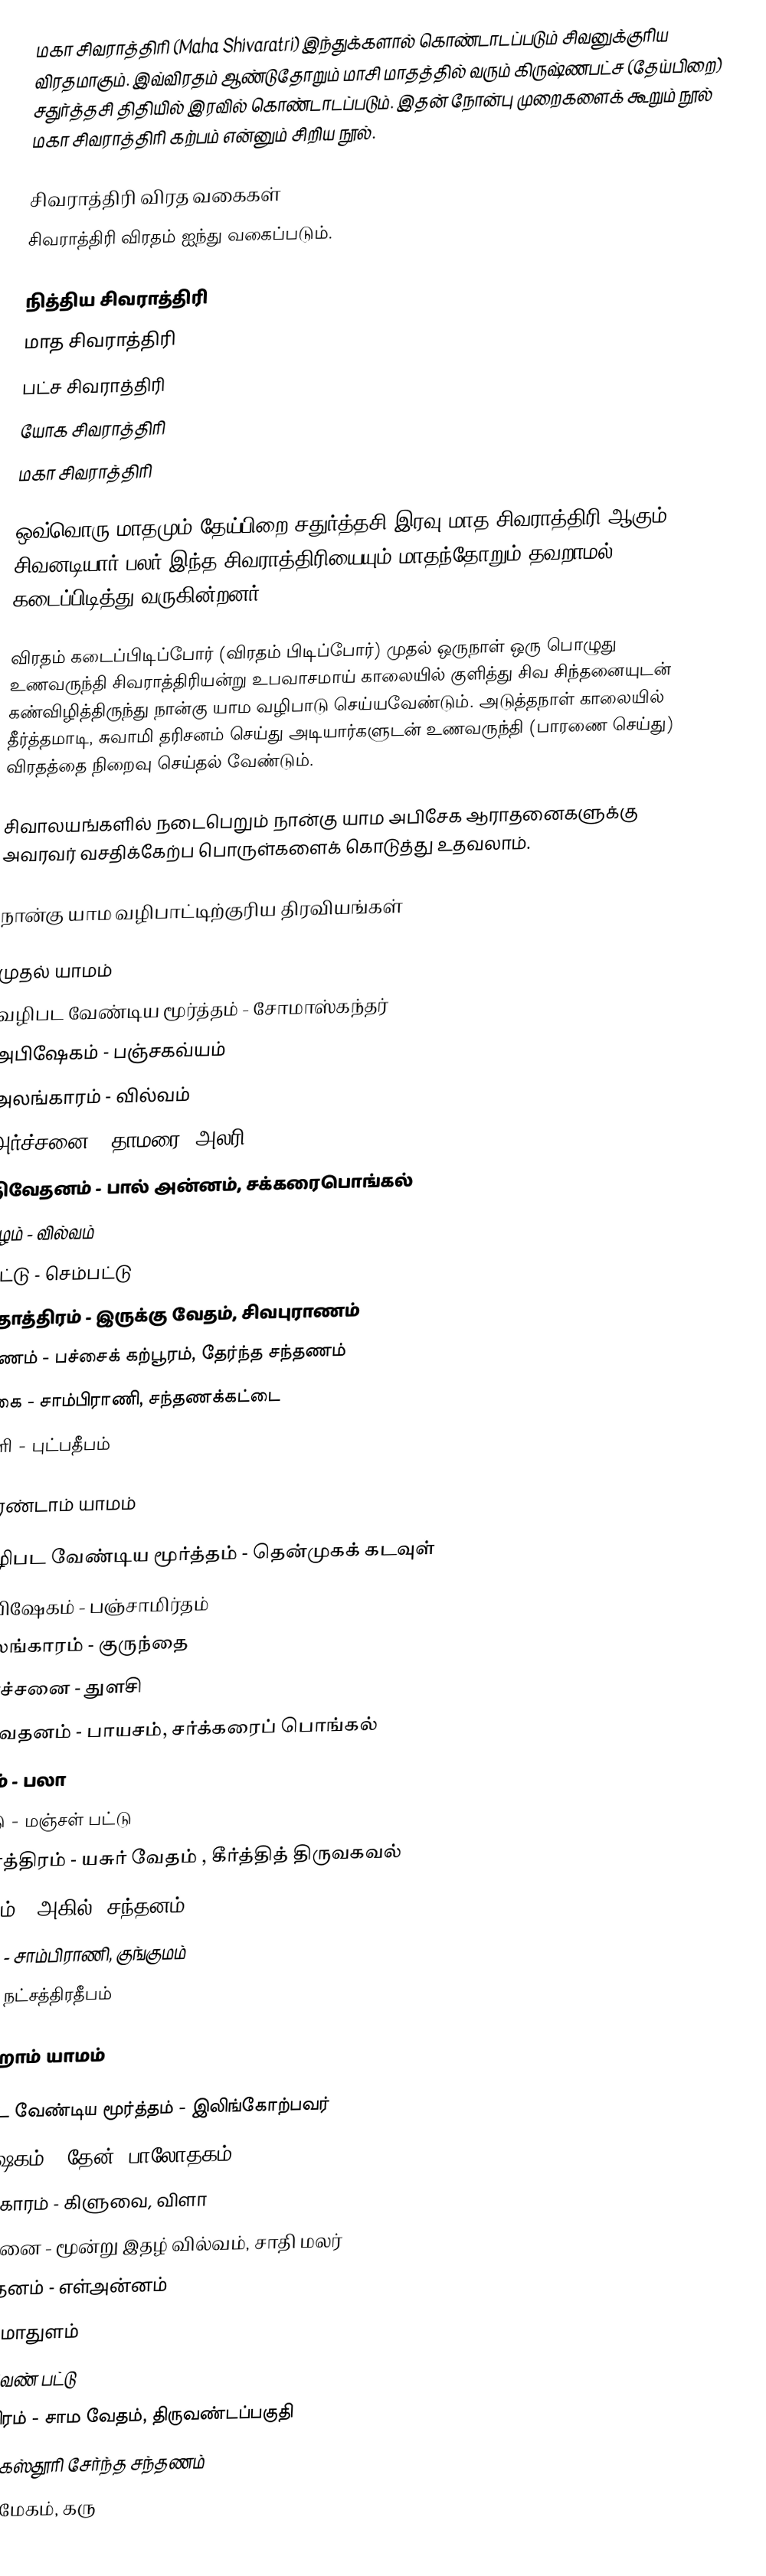
மகா சிவராத்திரி (Maha Shivaratri) இந்துக்களால் கொண்டாடப்படும் சிவனுக்குரிய விரதமாகும். இவ்விரதம் ஆண்டுதோறும் மாசி மாதத்தில் வரும் கிருஷ்ணபட்ச (தேய்பிறை) சதுர்த்தசி திதியில் இரவில் கொண்டாடப்படும். இதன் நோன்பு முறைகளைக் கூறும் நூல் மகா சிவராத்திரி கற்பம் என்னும் சிறிய நூல்.

சிவராத்திரி விரத வகைகள்
சிவராத்திரி விரதம் ஐந்து வகைப்படும்.

 நித்திய சிவராத்திரி
 மாத சிவராத்திரி
 பட்ச சிவராத்திரி
 யோக சிவராத்திரி
 மகா சிவராத்திரி

ஒவ்வொரு மாதமும் தேய்பிறை சதுர்த்தசி இரவு மாத சிவராத்திரி ஆகும். சிவனடியார் பலர் இந்த சிவராத்திரியையும் மாதந்தோறும் தவறாமல் கடைப்பிடித்து வருகின்றனர்.

விரதம் கடைப்பிடிப்போர் (விரதம் பிடிப்போர்) முதல் ஒருநாள் ஒரு பொழுது உணவருந்தி சிவராத்திரியன்று உபவாசமாய் காலையில் குளித்து சிவ சிந்தனையுடன் கண்விழித்திருந்து நான்கு யாம வழிபாடு செய்யவேண்டும். அடுத்தநாள் காலையில் தீர்த்தமாடி, சுவாமி தரிசனம் செய்து அடியார்களுடன் உணவருந்தி (பாரணை செய்து) விரதத்தை நிறைவு செய்தல் வேண்டும்.

சிவாலயங்களில் நடைபெறும் நான்கு யாம அபிசேக ஆராதனைகளுக்கு அவரவர் வசதிக்கேற்ப பொருள்களைக் கொடுத்து உதவலாம்.

நான்கு யாம வழிபாட்டிற்குரிய திரவியங்கள்

முதல் யாமம்
 வழிபட வேண்டிய மூர்த்தம் - சோமாஸ்கந்தர்
 அபிஷேகம் - பஞ்சகவ்யம்
 அலங்காரம் - வில்வம்
 அர்ச்சனை - தாமரை, அலரி
 நிவேதனம் - பால் அன்னம், சக்கரைபொங்கல்
 பழம் - வில்வம்
 பட்டு - செம்பட்டு
 தோத்திரம் - இருக்கு வேதம், சிவபுராணம்
 மணம் - பச்சைக் கற்பூரம், தேர்ந்த சந்தணம்
 புகை - சாம்பிராணி, சந்தணக்கட்டை
 ஒளி - புட்பதீபம்

இரண்டாம் யாமம்

 வழிபட வேண்டிய மூர்த்தம் - தென்முகக் கடவுள்
 அபிஷேகம் - பஞ்சாமிர்தம்
 அலங்காரம் - குருந்தை
 அர்ச்சனை - துளசி
 நிவேதனம் - பாயசம், சர்க்கரைப் பொங்கல்
 பழம் - பலா
 பட்டு - மஞ்சள் பட்டு
 தோத்திரம் - யசுர் வேதம் , கீர்த்தித் திருவகவல்
 மணம் - அகில், சந்தனம்
 புகை - சாம்பிராணி, குங்குமம்
 ஒளி- நட்சத்திரதீபம்

மூன்றாம் யாமம்

 வழிபட வேண்டிய மூர்த்தம் - இலிங்கோற்பவர்
 அபிஷேகம் - தேன், பாலோதகம்
 அலங்காரம் - கிளுவை, விளா
 அர்ச்சனை - மூன்று இதழ் வில்வம், சாதி மலர்
 நிவேதனம் - எள்அன்னம்
 பழம் - மாதுளம்
 பட்டு - வெண் பட்டு
 தோத்திரம் - சாம வேதம், திருவண்டப்பகுதி
 மணம் - கஸ்தூரி சேர்ந்த சந்தணம்
 புகை - மேகம், கரு